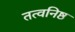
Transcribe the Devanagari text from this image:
तत्वनिष्ठ